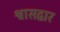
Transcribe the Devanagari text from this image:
श्वासद्वार